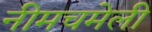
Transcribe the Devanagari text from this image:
नीमचमेली